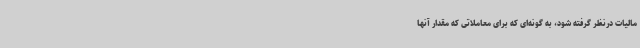
مالیات درنظر گرفته شود، به گونه‌ای که برای معاملاتی که مقدار آنها